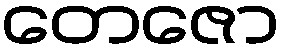
တေဇော